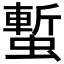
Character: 𧐮